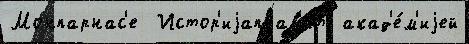
Монпарнас'е  Истор'иjаправ'ить акад'е́м'иjей